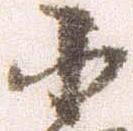
小